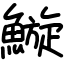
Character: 䲂